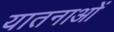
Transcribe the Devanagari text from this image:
यातनाआें